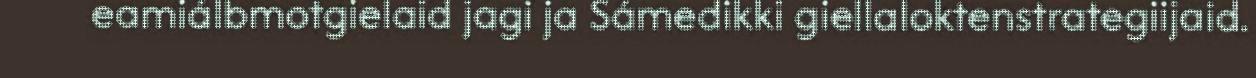
eamiálbmotgielaid jagi ja Sámedikki giellaloktenstrategiijaid.